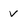
Character: v